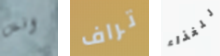
انس تراف للغذاء